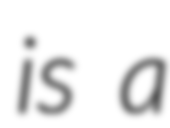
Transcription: is a